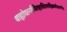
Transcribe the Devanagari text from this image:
बाह्योद्यानस्थितहरशिरश्चंद्रिकाधौतहर्म्या।।